Civil Veterinary Department Bihar & Orissa reports 1929-36 - 1929-1936
Year: 1929
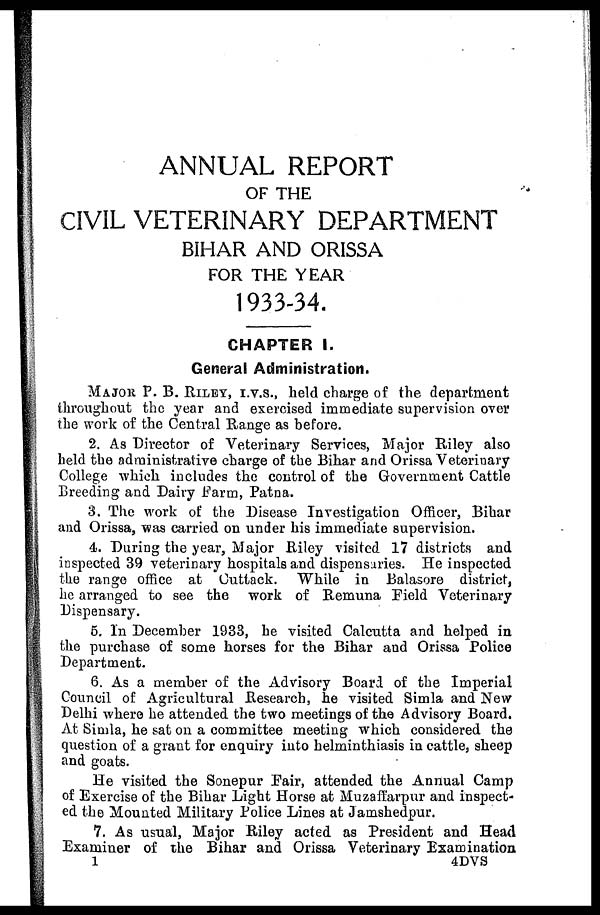
ANNUAL REPORT
OF THE
CIVIL VETERINARY DEPARTMENT
BIHAR AND ORISSA
FOR THE YEAR
1933-34.
CHAPTER I.
General Administration.
MAJOR P. B. RILEY, I.V.S., held charge of the department
throughout the year and exercised immediate supervision over
the work of the Central Range as before.
2. As Director of Veterinary Services, Major Riley also
held the administrative charge of the Bihar and Orissa Veterinary
College which includes the control of the Government Cattle
Breeding and Dairy Farm, Patna.
3. The work of the Disease Investigation Officer, Bihar
and Orissa, was carried on under his immediate supervision.
4. During the year, Major Riley visited 17 districts and
inspected 39 veterinary hospitals and dispensaries. He inspected
the range office at Cuttack. While in Balasore district,
he arranged to see the work of Remuna Field Veterinary
Dispensary.
5. In December 1933, he visited Calcutta and helped in
the purchase of some horses for the Bihar and Orissa Police
Department.
6. As a member of the Advisory Board of the Imperial
Council of Agricultural Research, he visited Simla and New
Delhi where he attended the two meetings of the Advisory Board.
At Simla, he sat on a committee meeting which considered the
question of a grant for enquiry into helminthiasis in cattle, sheep
and goats.
He visited the Sonepur Fair, attended the Annual Camp
of Exercise of the Bihar Light Horse at Muzaffarpur and inspect-
ed the Mounted Military Police Lines at Jamshedpur.
7. As usual, Major Riley acted as President and Head
Examiner of the Bihar and Orissa Veterinary Examination
1
4DVS